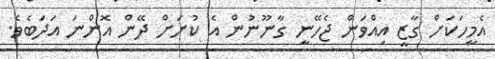
އެމީހަކަށް ގާޒީ އިއްވަން ޖެހޭނީ ގާނޫނުން އެ ކުށަށް ދޭން އޮންނަ އަދަބެވެ.